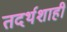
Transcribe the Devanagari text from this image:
तदर्थशाही